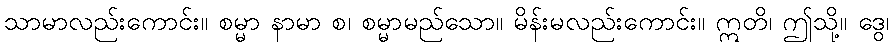
သာမာလည်းကောင်း။ စမ္မာ နာမာ စ၊ စမ္မာမည်သော။ မိန်းမလည်းကောင်း။ ဣတိ၊ ဤသို့။ ဒွေ၊